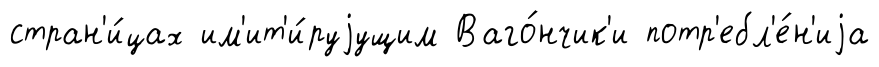
стран'и́цах им'ит'и́руjущим Ваго́нчик'и потр'ебл'е́н'иjа